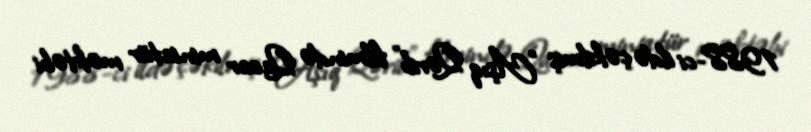
1988-ci ildə çəkilmiş "Aşıq Qərib" filmində Qacar miniatür məktəbi